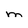
Character: m